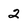
Character: 2